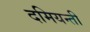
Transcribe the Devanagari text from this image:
दमियन्ती